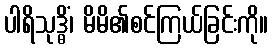
ပါရိသုဒ္ဓိံ၊ မိမိ၏စင်ကြယ်ခြင်းကို။